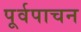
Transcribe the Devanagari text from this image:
पूर्वपाचन